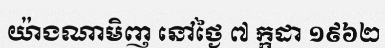
យ៉ាងណាមិញ នៅថ្ងៃ ៧ ក្កដា ១៩៦២